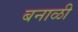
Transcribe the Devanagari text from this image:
बनाळी